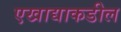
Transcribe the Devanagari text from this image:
एखाद्याकडील